Elephants and their diseases
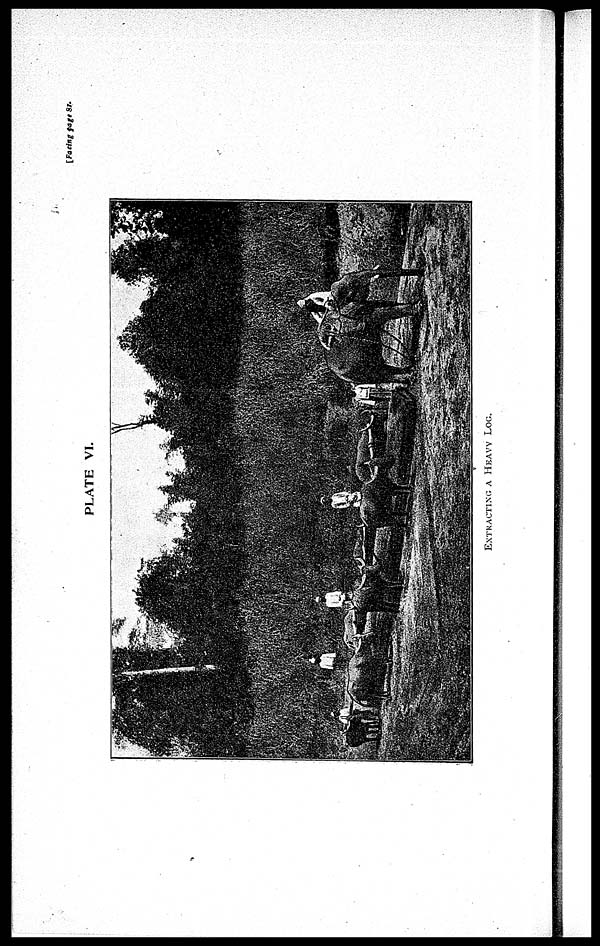
[Facing page 81.
PLATE VI.
EXTRACTING A HEAVY LOG.